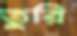
তুরি